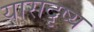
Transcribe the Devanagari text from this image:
यासदृष्य